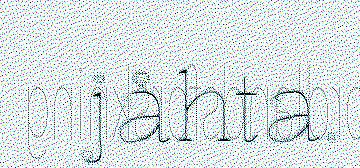
jåhta.